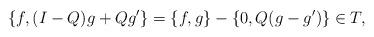
LaTeX: \begin{align*} \{f, (I-Q)g+Qg'\}=\{f,g\} -\{0, Q(g-g')\} \in T,\end{align*}